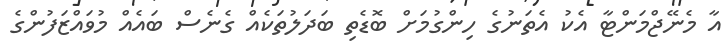
އާ މެނޭޖްމަންޓާ އެކު އެތަނުގެ ހިންގުމަށް ބޮޑެތި ބަދަލުތަކެއް ގެނެސް ބައެއް މުވައްޒަފުންގެ